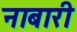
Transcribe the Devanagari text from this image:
नाबारी